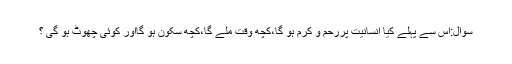
سوال:اس سے پہلے کیا انسانیت پررحم و کرم ہو گا،کچھ وقت ملے گا،کچھ سکون ہو گااور کوئی چھوٹ ہو گی ؟